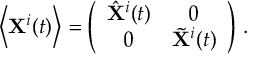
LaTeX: \left\langle { \bf X } ^ { i } ( t ) \right\rangle = \left( \begin{array} { c c } { { \hat { \bf X } ^ { i } ( t ) } } & { { 0 } } \\ { { 0 } } & { { \tilde { \bf X } ^ { i } ( t ) } } \end{array} \right) \, .